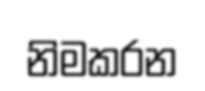
නිමකරන